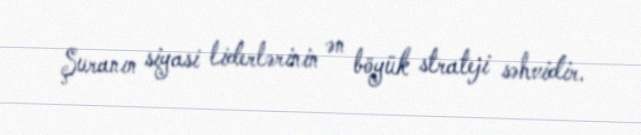
Şuranın siyasi liderlərinin ən böyük strateji səhvidir.